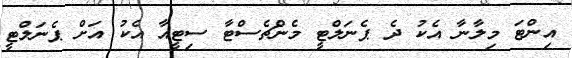
އިންޓަ މިލާނާ އެކު ދެ ޕެނަލްޓީ މެންޗެސްޓާ ސިޓީއާ އެކު އަށް ޕެނަލްޓީ